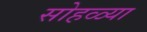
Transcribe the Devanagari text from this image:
सोहळ्या